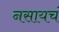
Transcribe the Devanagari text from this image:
नसायचं